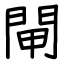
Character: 閘